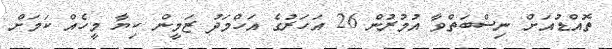
ތޮއްޑުއަށް ނިސްބަތްވާ އުމުރުން 26 އަހަރުގެ އަހްމަދު ޒަމީން ކިޔާ މީހެއް ކަމަށް